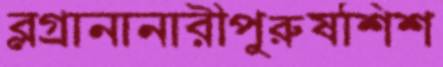
ব্লগ্রানানারীপুরুষশিশ